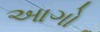
આગો